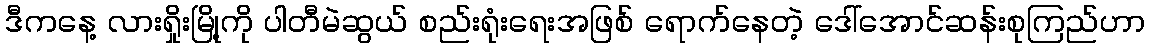
ဒီကနေ့ လားရှိုးမြို့ကို ပါတီမဲဆွယ် စည်းရုံးရေးအဖြစ် ရောက်နေတဲ့ ဒေါ်အောင်ဆန်းစုကြည်ဟာ